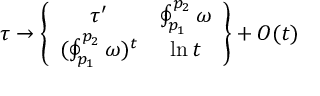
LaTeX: \tau \to \left\{ \begin{array} { c c } { { \tau ^ { \prime } } } & { { \oint _ { p _ { 1 } } ^ { p _ { 2 } } \omega } } \\ { { ( \oint _ { p _ { 1 } } ^ { p _ { 2 } } \omega ) ^ { t } } } & { { \ln t } } \end{array} \right\} + O ( t )